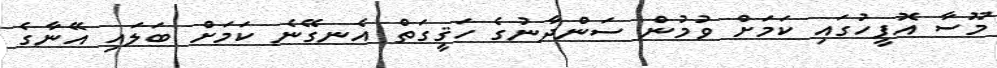
މޫސާ އޮފީހުގައި ކަމަށް ވުމުން ސަންދާނުގެ ހަޤީގަތް އެނގޭނެ ކަމަށް ބަލައި އޭނާގެ